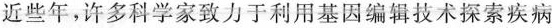
近些年，许多科学家致力于利用基因编辑技术探索疾病